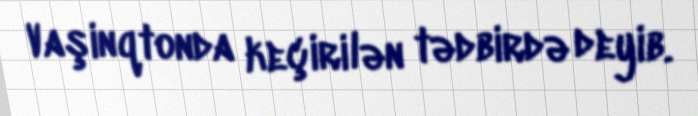
Vaşinqtonda keçirilən tədbirdə deyib.